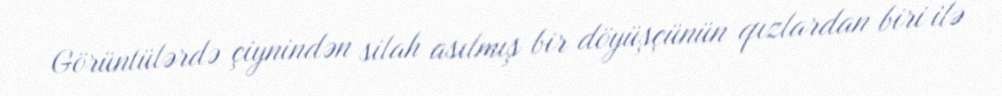
Görüntülərdə çiynindən silah asılmış bir döyüşçünün qızlardan biri ilə